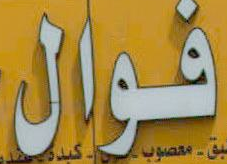
فوال